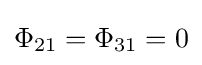
\Phi _{21}=\Phi _{31}=0